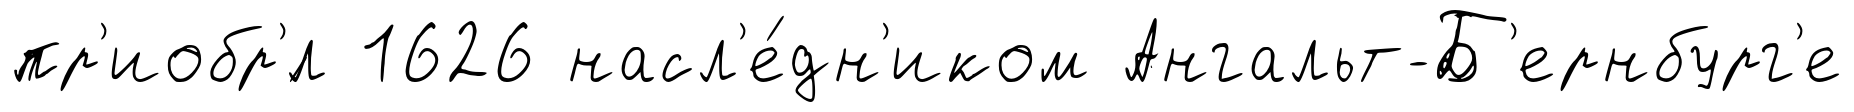
пр'иобр'́л 1626 насл'е́дн'иком Ангальт-Б'ернбург'е